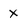
Character: X